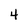
Character: 4